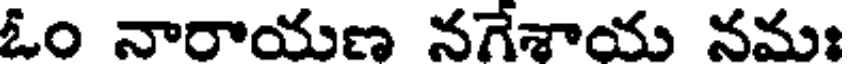
ఓం నారాయణ నగేశాయ నమః